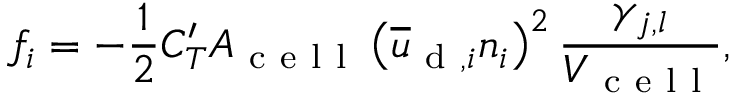
f _ { i } = - \frac { 1 } { 2 } C _ { T } ^ { \prime } A _ { \mathrm { ~ c ~ e ~ l ~ l ~ } } \left( \overline { { u } } _ { \mathrm { ~ d ~ } , i } n _ { i } \right) ^ { 2 } \frac { \gamma _ { j , l } } { V _ { \mathrm { ~ c ~ e ~ l ~ l ~ } } } ,